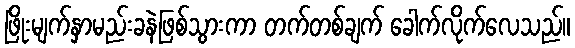
ဖြိုးမျက်နှာမည်းခနဲဖြစ်သွားကာ တက်တစ်ချက် ခေါက်လိုက်လေသည်။